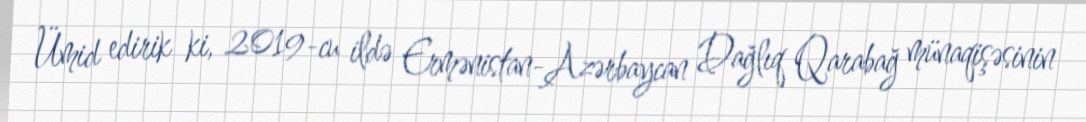
Ümid edirik ki, 2019-cu ildə Ermənistan-Azərbaycan Dağlıq Qarabağ münaqişəsinin